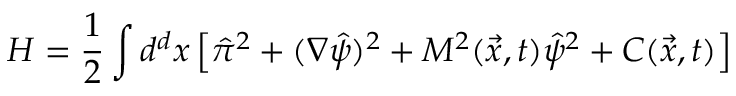
H = \frac { 1 } { 2 } \int d ^ { d } x \left[ \hat { \pi } ^ { 2 } + ( \nabla \hat { \psi } ) ^ { 2 } + M ^ { 2 } ( \vec { x } , t ) \hat { \psi } ^ { 2 } + { \cal C } ( \vec { x } , t ) \right]